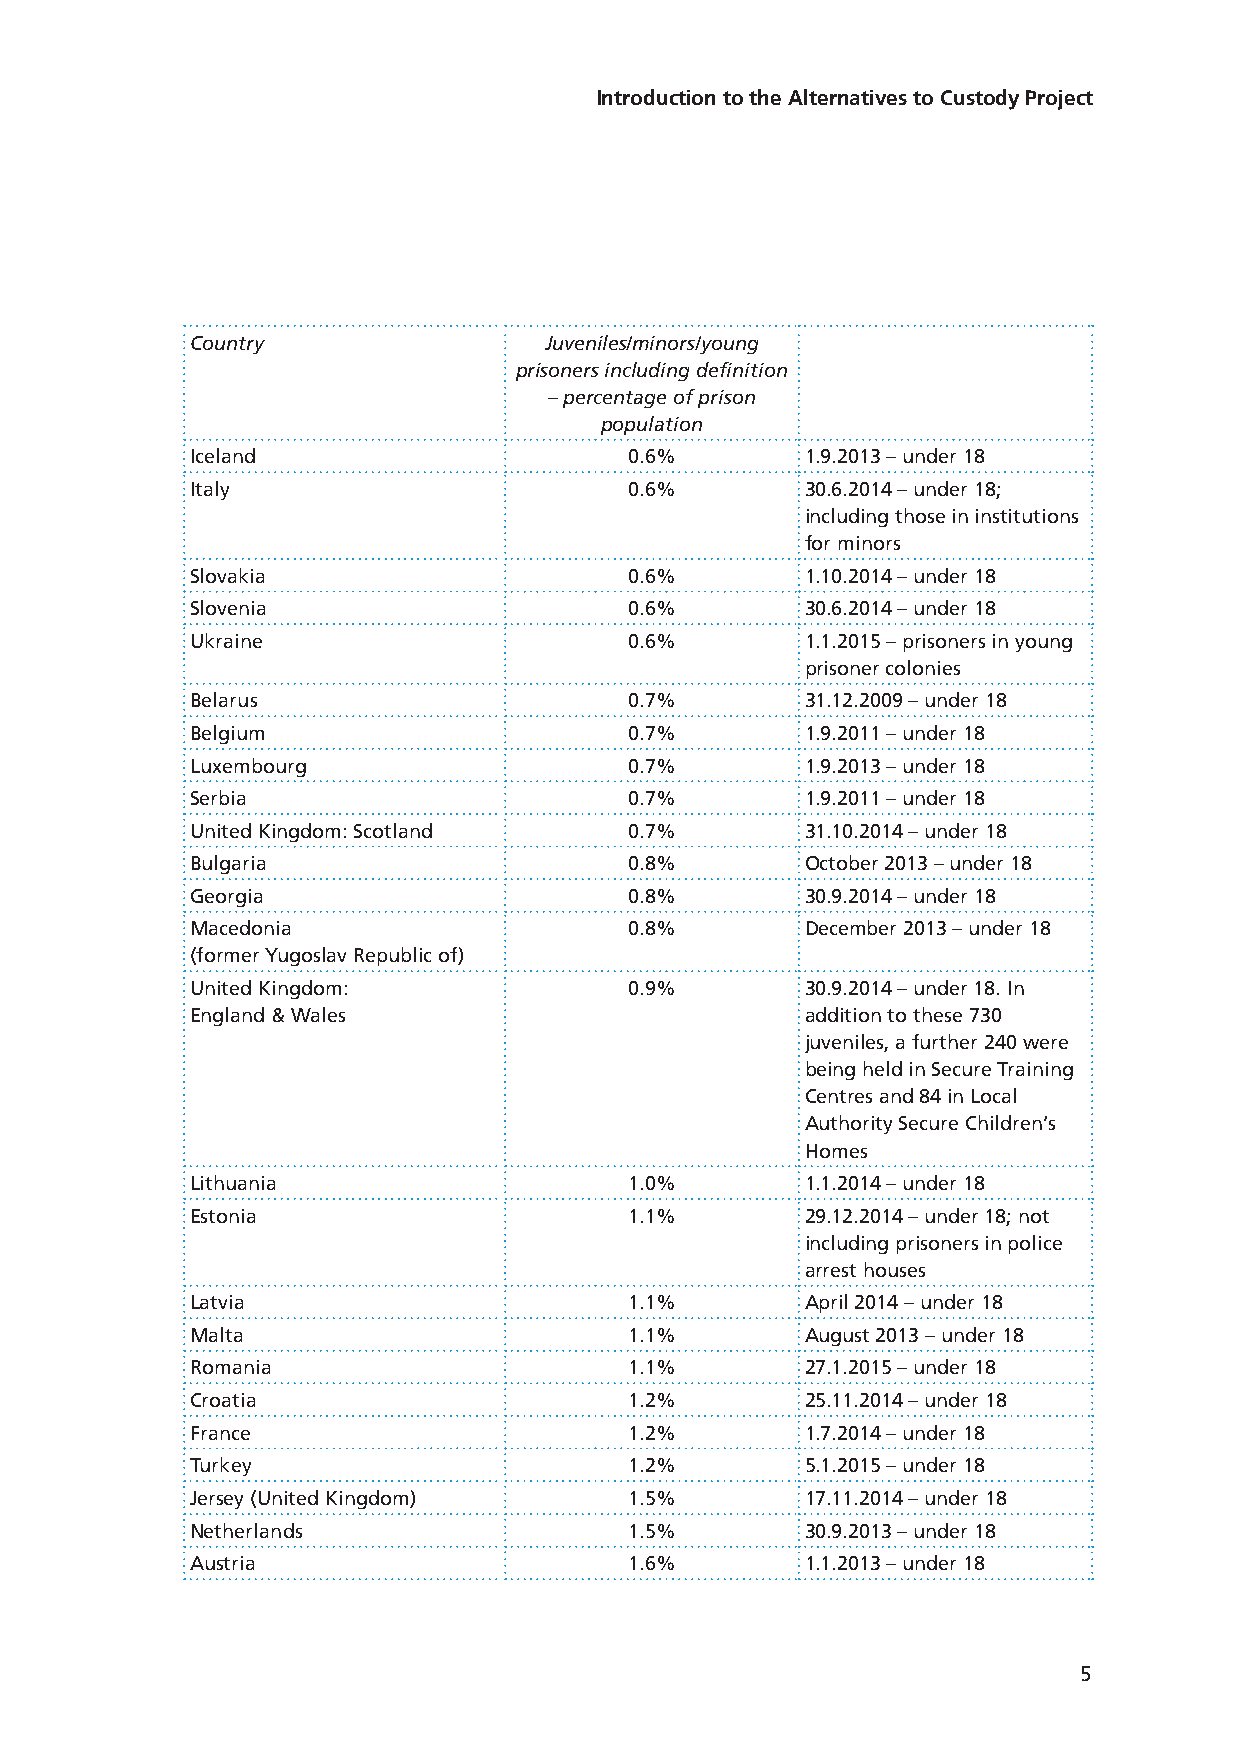
Introduction to the Alternatives to Custody Project
 Country                Juveniles/minors/young
 prisoners including definition
 – percentage of prison
 population
 Iceland                      0.6%       1.9.2013 – under 18
 Italy                        0.6%       30.6.2014 – under 18;
 including those in institutions
 for minors
 Slovakia                     0.6%       1.10.2014 – under 18
 Slovenia                     0.6%       30.6.2014 – under 18
 Ukraine                      0.6%       1.1.2015 – prisoners in young
 prisoner colonies
 Belarus                      0.7%       31.12.2009 – under 18
 Belgium                      0.7%       1.9.2011 – under 18
 Luxembourg                   0.7%       1.9.2013 – under 18
 Serbia                       0.7%       1.9.2011 – under 18
 United Kingdom: Scotland     0.7%       31.10.2014 – under 18
 Bulgaria                     0.8%       October 2013 – under 18
 Georgia                      0.8%       30.9.2014 – under 18
 Macedonia                    0.8%       December 2013 – under 18
 (former Yugoslav Republic of)
 United Kingdom:              0.9%       30.9.2014 – under 18. In
 England & Wales                         addition to these 730
 juveniles, a further 240 were
 being held in Secure Training
 Centres and 84 in Local
 Authority Secure Children’s
 Homes
 Lithuania                    1.0%       1.1.2014 – under 18
 Estonia                      1.1%       29.12.2014 – under 18; not
 including prisoners in police
 arrest houses
 Latvia                       1.1%       April 2014 – under 18
 Malta                        1.1%       August 2013 – under 18
 Romania                      1.1%       27.1.2015 – under 18
 Croatia                      1.2%       25.11.2014 – under 18
 France                       1.2%       1.7.2014 – under 18
 Turkey                       1.2%       5.1.2015 – under 18
 Jersey (United Kingdom)      1.5%       17.11.2014 – under 18
 Netherlands                  1.5%       30.9.2013 – under 18
 Austria                      1.6%       1.1.2013 – under 18
 5